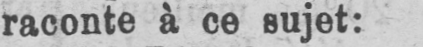
raconte à ce sujet: